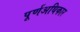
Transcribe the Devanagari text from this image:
पूर्णअधिकार